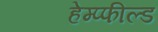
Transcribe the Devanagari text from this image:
हेम्प्फील्ड